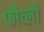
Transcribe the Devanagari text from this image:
फौव्ली